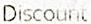
DISCOUNT